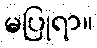
မပြုရာ။